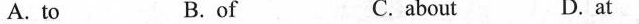
A. to B.of C.about D. at